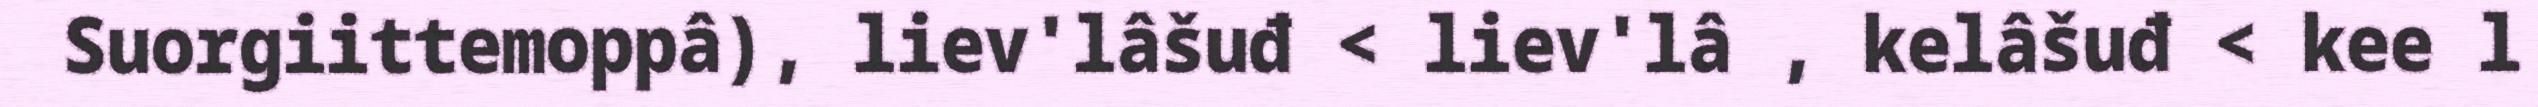
Suorgiittemoppâ), liev'lâšuđ < liev'lâ , kelâšuđ < kee l